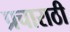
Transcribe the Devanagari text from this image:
प्रचाराठी